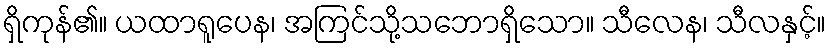
ရှိကုန်၏။ ယထာရူပေန၊ အကြင်သို့သဘောရှိသော။ သီလေန၊ သီလနှင့်။